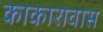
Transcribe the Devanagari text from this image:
काकारावास